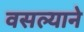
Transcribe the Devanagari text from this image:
वसल्याने